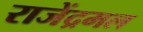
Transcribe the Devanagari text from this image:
राजेंद्रमल